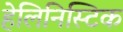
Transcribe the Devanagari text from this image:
हेलिनिस्टिक